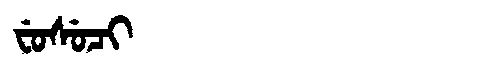
Manchu: ᠸᡠᠰᡠᠴᡳ
Romanization: FUSUCI